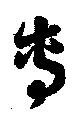
専